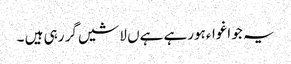
یہ جو اغواءہورہے ہےں لاشیں گر رہی ہیں ۔